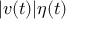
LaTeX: | { \boldsymbol { v } } ( t ) | { \boldsymbol { \eta } } ( t )